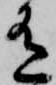
有